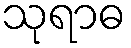
သုရာဓ